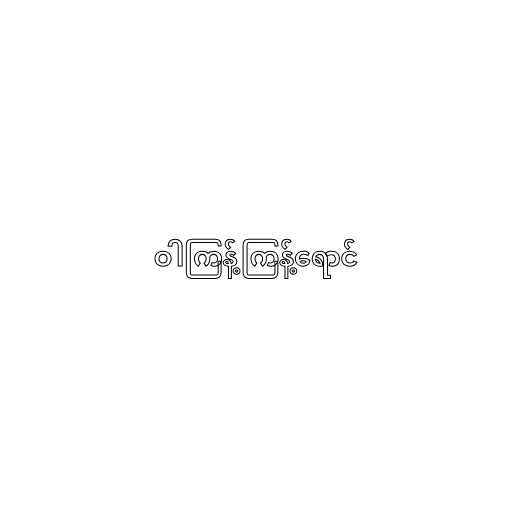
ဝါကြန့်ကြန့်ရောင်